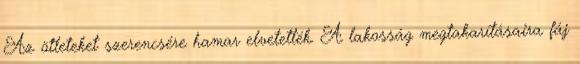
Az ötleteket szerencsére hamar elvetették. A lakosság megtakarításaira fáj